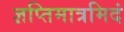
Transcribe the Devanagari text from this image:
ज्ञप्तिमात्रमिदं